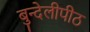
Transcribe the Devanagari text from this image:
बुन्देलीपीठ